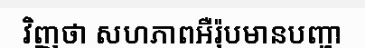
វិញថា សហភាពអឺរ៉ុបមានបញ្ហា